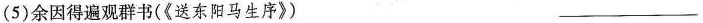
(5)余因得遍观群书(《送东阳马生序》) ___